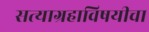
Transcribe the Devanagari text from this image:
सत्याग्रहाविषयीचा